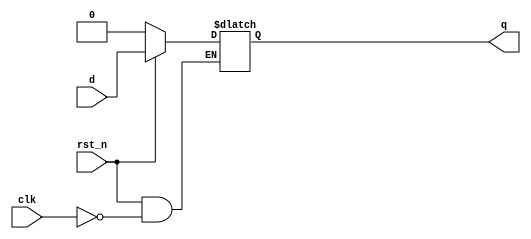
module d_latch(q, 
               d, 
               clk, 
               rst_n);
  output  q     ; 
  input   d     ; 
  input   clk   ; 
  input   rst_n ;
  	
 	reg     q     ; 
 	
 	always @ (d or clk or rst_n) begin 
 	 if(rst_n == 1'b0) 
 	  begin q <= 1'b0 ; 
 	 end 
 	 else begin if
 	  (clk == 1'b1) begin 
 	    q <= d ; 
 	  end 
 	end 
end 
endmodule